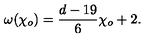
\omega ( { \chi _ { o } } ) = { \frac { d - 1 9 } { 6 } } { \chi _ { o } } + 2 .